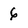
Character: 6